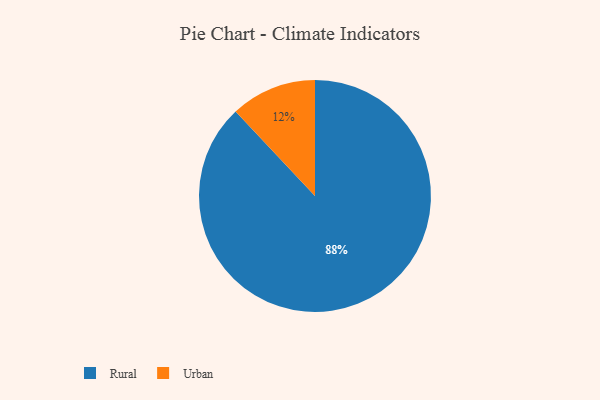
{"axis": {"x": "Category", "y": "Percentage"}, "legend": ["Rural", "Urban"], "data": [{"x": "Urban", "y": 12, "type": "Urban"}, {"x": "Rural", "y": 88, "type": "Rural"}]}